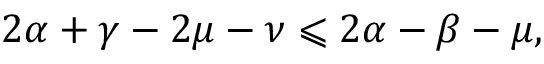
2 \alpha + \gamma - 2 \mu - \nu \leqslant 2 \alpha - \beta - \mu ,